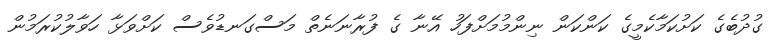
ގުދުބެގެ ކަށުކަމާކެމީގެ ކަންކަން ނިންމުމަށްފަހު އޭނާ ގެ ފުރާނަނެތް މަސްގަނޑުވެސް ކަށްވަޅާ ހަވާލުކުރަމުން